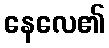
နေလေ၏